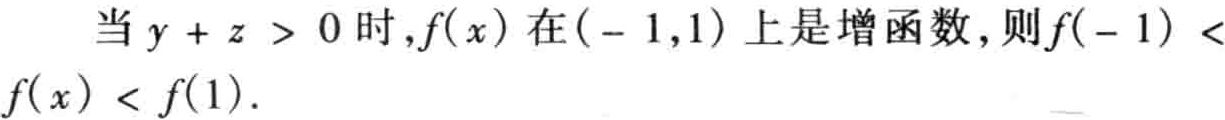
当\(y + z > 0\)时，\(f(x)\)在\(( - 1,1)\)上是增函数，则\(f( - 1) < f(x) < f(1)\)．